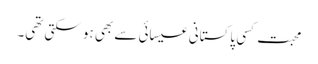
محبت کسی پاکستانی عیسائی سے بھی ہو سکتی تھی۔